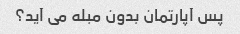
پس آپارتمان بدون مبله می آید؟